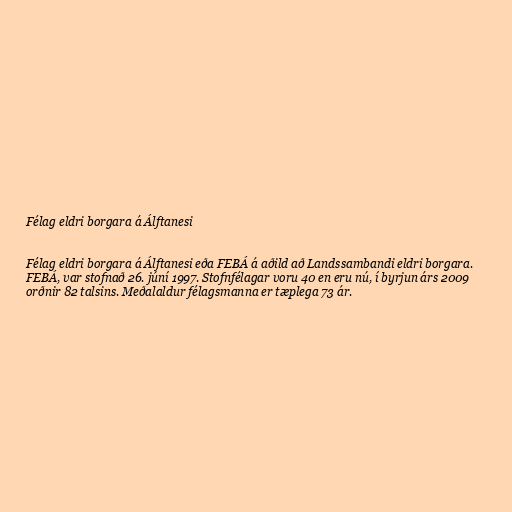
Félag eldri borgara á Álftanesi

Félag eldri borgara á Álftanesi eða FEBÁ á aðild að Landssambandi eldri borgara.
FEBÁ, var stofnað 26. júní 1997. Stofnfélagar voru 40 en eru nú, í byrjun árs 2009
orðnir 82 talsins. Meðalaldur félagsmanna er tæplega 73 ár.